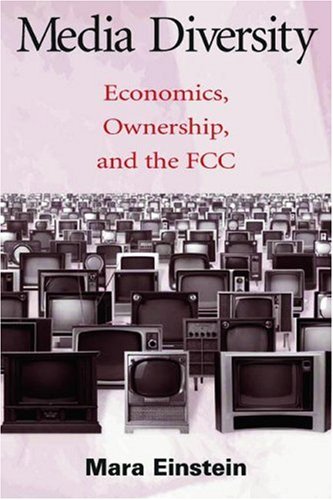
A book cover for Media Diversity: Economics, Ownership, and the Fcc (Routledge Communication Series); Mara Einstein; Law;